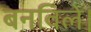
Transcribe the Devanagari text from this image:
बनविले।